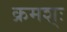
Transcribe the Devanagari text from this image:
क्रमश्ः